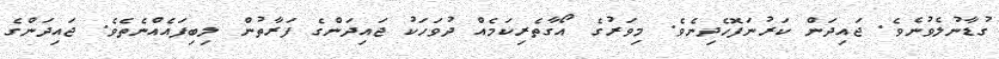
ގުޑާނުލެވުނެވެ. ޖައިދަން ކަރުނަފޮހެދިނެވެ. މިވަރުގެ އޯގާތެރިކަމެއް ދުވަހަކު ޖައިދަންގެ ފަރާތުން ލިބިފައެއްނެތެވެ. ޖައިދަންގެ